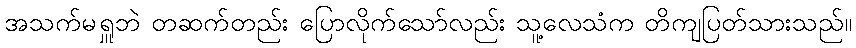
အသက်မရှူဘဲ တဆက်တည်း ပြောလိုက်သော်လည်း သူ့လေသံက တိကျပြတ်သားသည်။